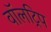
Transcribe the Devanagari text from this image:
वॉलट्रिप